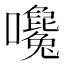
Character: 𡅛